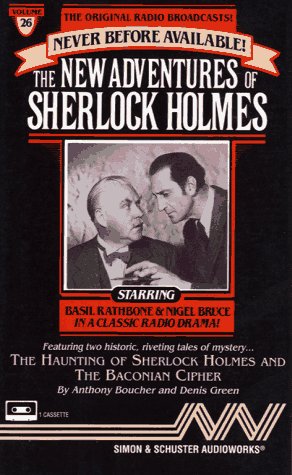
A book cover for The New Adventures of Sherlock Holmes, Vol. 26: The Haunting of Sherlock Holmes and the Baconian Cipher; Anthony Boucher; Humor & Entertainment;